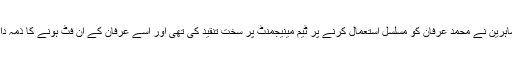
مبصرین اور ماہرین نے محمد عرفان کو مسلسل استعمال کرنے پر ٹیم مینیجمنٹ پر سخت تنقید کی تھی اور اسے عرفان کے ان فٹ ہونے کا ذمہ دار قرار دیا تھا۔